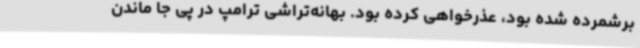
برشمرده شده بود، عذرخواهی کرده بود. بهانه‌تراشی ترامپ در پی جا ماندن